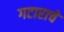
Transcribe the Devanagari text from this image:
गटाराचे